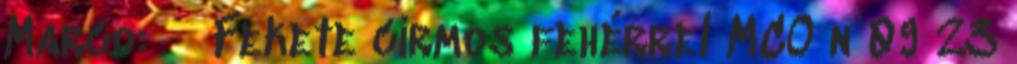
Marco: ♂ Fekete cirmos fehérrel MCO n 09 23